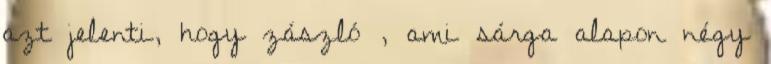
azt jelenti, hogy zászló , ami sárga alapon négy